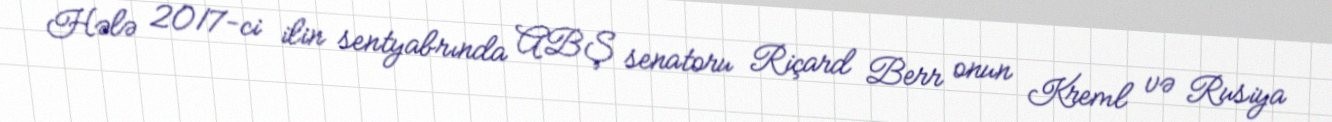
Hələ 2017-ci ilin sentyabrında ABŞ senatoru Riçard Berr onun Kreml və Rusiya